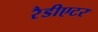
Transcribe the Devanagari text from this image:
रैडीएटर